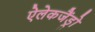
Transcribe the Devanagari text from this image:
ऐलेकजैंड्रो